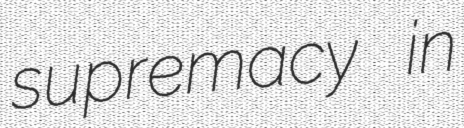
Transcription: supremacy in